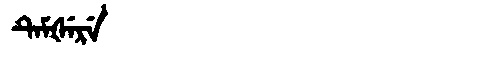
Manchu: ᡨᡝᠮᡧᡝᡵᡝ
Romanization: TEMŠERE